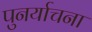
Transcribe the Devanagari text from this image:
पुनर्याचना